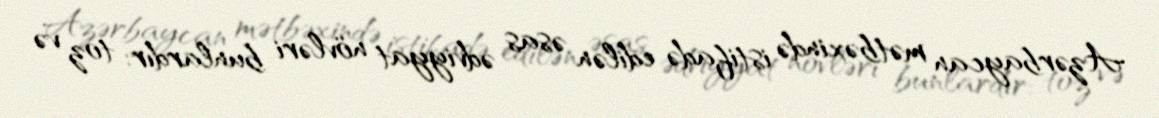
Azərbaycan mətbəxində istifadə edilən əsas ədviyyat növləri bunlardır: toz və